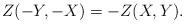
LaTeX: \begin{align*}Z(-Y,-X)=-Z(X,Y).\end{align*}